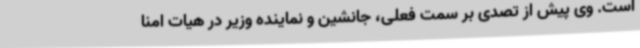
است. وی پیش از تصدی بر سمت فعلی، جانشین و نماینده وزیر در هیات امنا